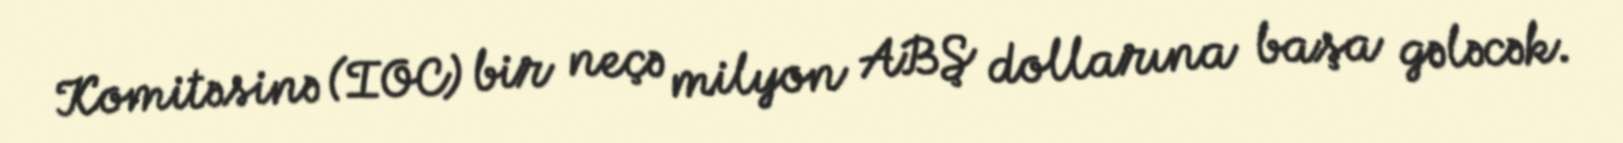
Komitəsinə (IOC) bir neçə milyon ABŞ dollarına başa gələcək.